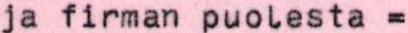
ja firman puolesta =